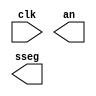
`timescale 1ns / 1ps
//////////////////////////////////////////////////////////////////////////////////
// Company: 
// Engineer: 
// 
// Design Name: 
// Module Name:    topmodule 
// Project Name: 
// Target Devices: 
// Tool versions: 
// Description: 
//
// Dependencies: 
//
// Revision: 
// Revision 0.01 - File Created
// Additional Comments: 
//
//////////////////////////////////////////////////////////////////////////////////
module topmodule(
	input wire clk,
//	input wire ram_enable,
//	input wire write_enable,
//	input wire [2:0] addr,
//	input wire [7:0] DI,
//	output reg [7:0] DO,
   output [3:0] an,
   output [7:0] sseg
	
); 


parameter RAM_WIDTH = 8;
parameter RAM_ADDR_BITS = 3;

reg [RAM_WIDTH-1:0] image [(2**RAM_ADDR_BITS)-1:0];
reg [RAM_WIDTH-1:0] DO;
wire [RAM_ADDR_BITS-1:0] addr;
//wire [RAM_WIDTH-1:0] DI;
// The forllowing code is only necessary if you wish to initialize the RAM
// contents via an external file (use $readmemb for binary data)

wire ram_enable;
wire write_enable;
assign ram_enable = 1;
assign write_enable = 0;

//initial
//$readmemh("/home/itirabasso/fifo/imagentest.bin", image, 0, 7);

assign addr = 3'b0;

always @(posedge clk)
	image[0] <= 8'h1;


//	if (ram_enable)
//		if (write_enable)
//			image[addr] <= DI;*/
//		else

/*/
assign DO = image[0];

wire [7:0] in_sseg_1;
wire [7:0] in_sseg_2;
wire [7:0] in_sseg_3;
wire [7:0] in_sseg_4;
wire [3:0] tmp;
wire [3:0] tmp2;


assign tmp = DO;
assign tmp2 = DO >> 4;

hex_to_sseg h2s_1 (.hex(tmp), .dp(1'b1), .sseg(in_sseg_1));
hex_to_sseg h2s_2 (.hex(tmp2), .dp(1'b0), .sseg(in_sseg_2));
//hex_to_sseg h2s_3 (.hex(tmp3), .dp(1'b0), .sseg(in_sseg_3));
//hex_to_sseg h2s_4 (.hex(tmp4), .dp(1'b0), .sseg(in_sseg_4));
disp_mux disp_m (.clk(clk), .reset(1'b0), .in0(in_sseg_2), .in1(in_sseg_1), .in2(8'hff), .in3(8'hff), .an(an), .sseg(sseg));

	
*/

endmodule